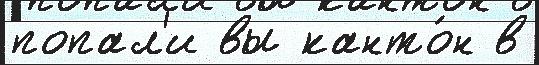
попал'и вы канто́н в